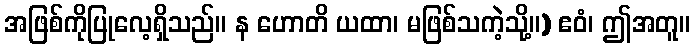
အဖြစ်ကိုပြုလေ့ရှိသည်။ န ဟောတိ ယထာ၊ မဖြစ်သကဲ့သို့။) ဧဝံ၊ ဤအတူ။